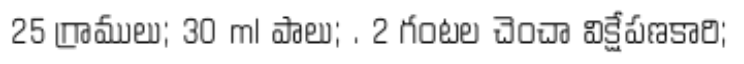
25 గ్రాములు; 30 ml పాలు; . 2 గంటల చెంచా విక్షేపణకారి;